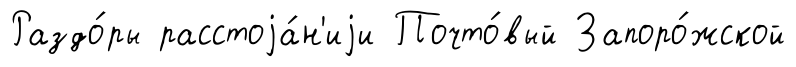
Раздо́ры расстоjа́н'иjи Почто́вый Запоро́жской